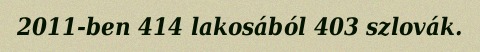
2011-ben 414 lakosából 403 szlovák.